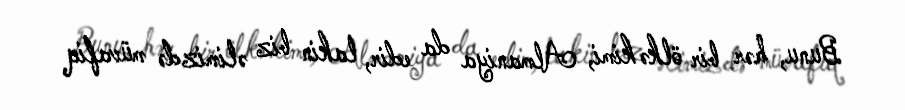
Bunu, hər bir ölkə kimi, Almaniya da edir, lakin biz əlimizdə müvafiq